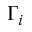
\Gamma _ { i }